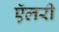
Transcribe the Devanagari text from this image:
ऍलरी